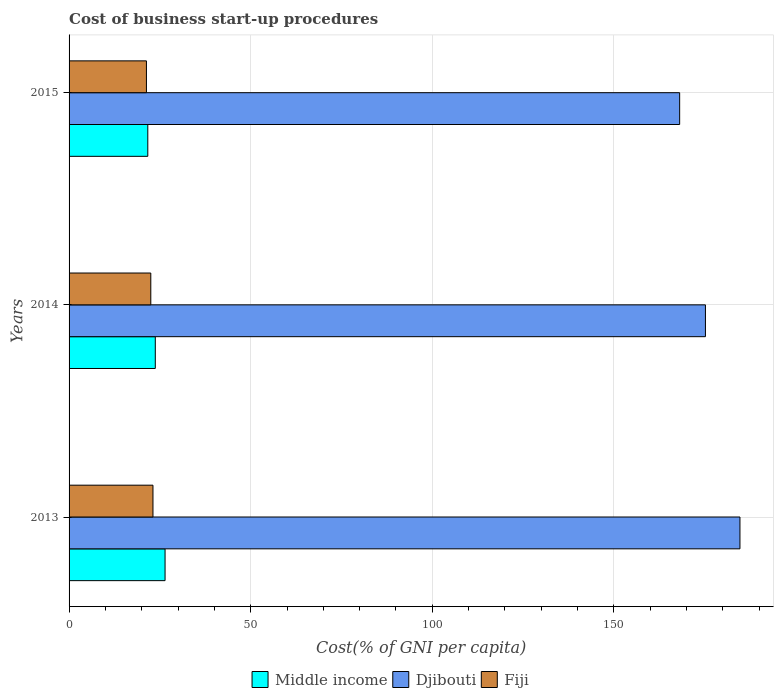
| Years | Middle income | Djibouti | Fiji |
 | --- | --- | --- | --- |
 | 2013 | 26.4 | 185 | 23.1 |
 | 2014 | 23.7 | 175 | 22.5 |
 | 2015 | 21.7 | 168 | 21.3 |